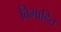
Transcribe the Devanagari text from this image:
विमाहित